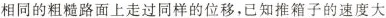
相同的粗糙路面上走过同样的位移，已知推箱子的速度大